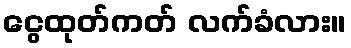
ငွေထုတ်ကတ် လက်ခံလား။